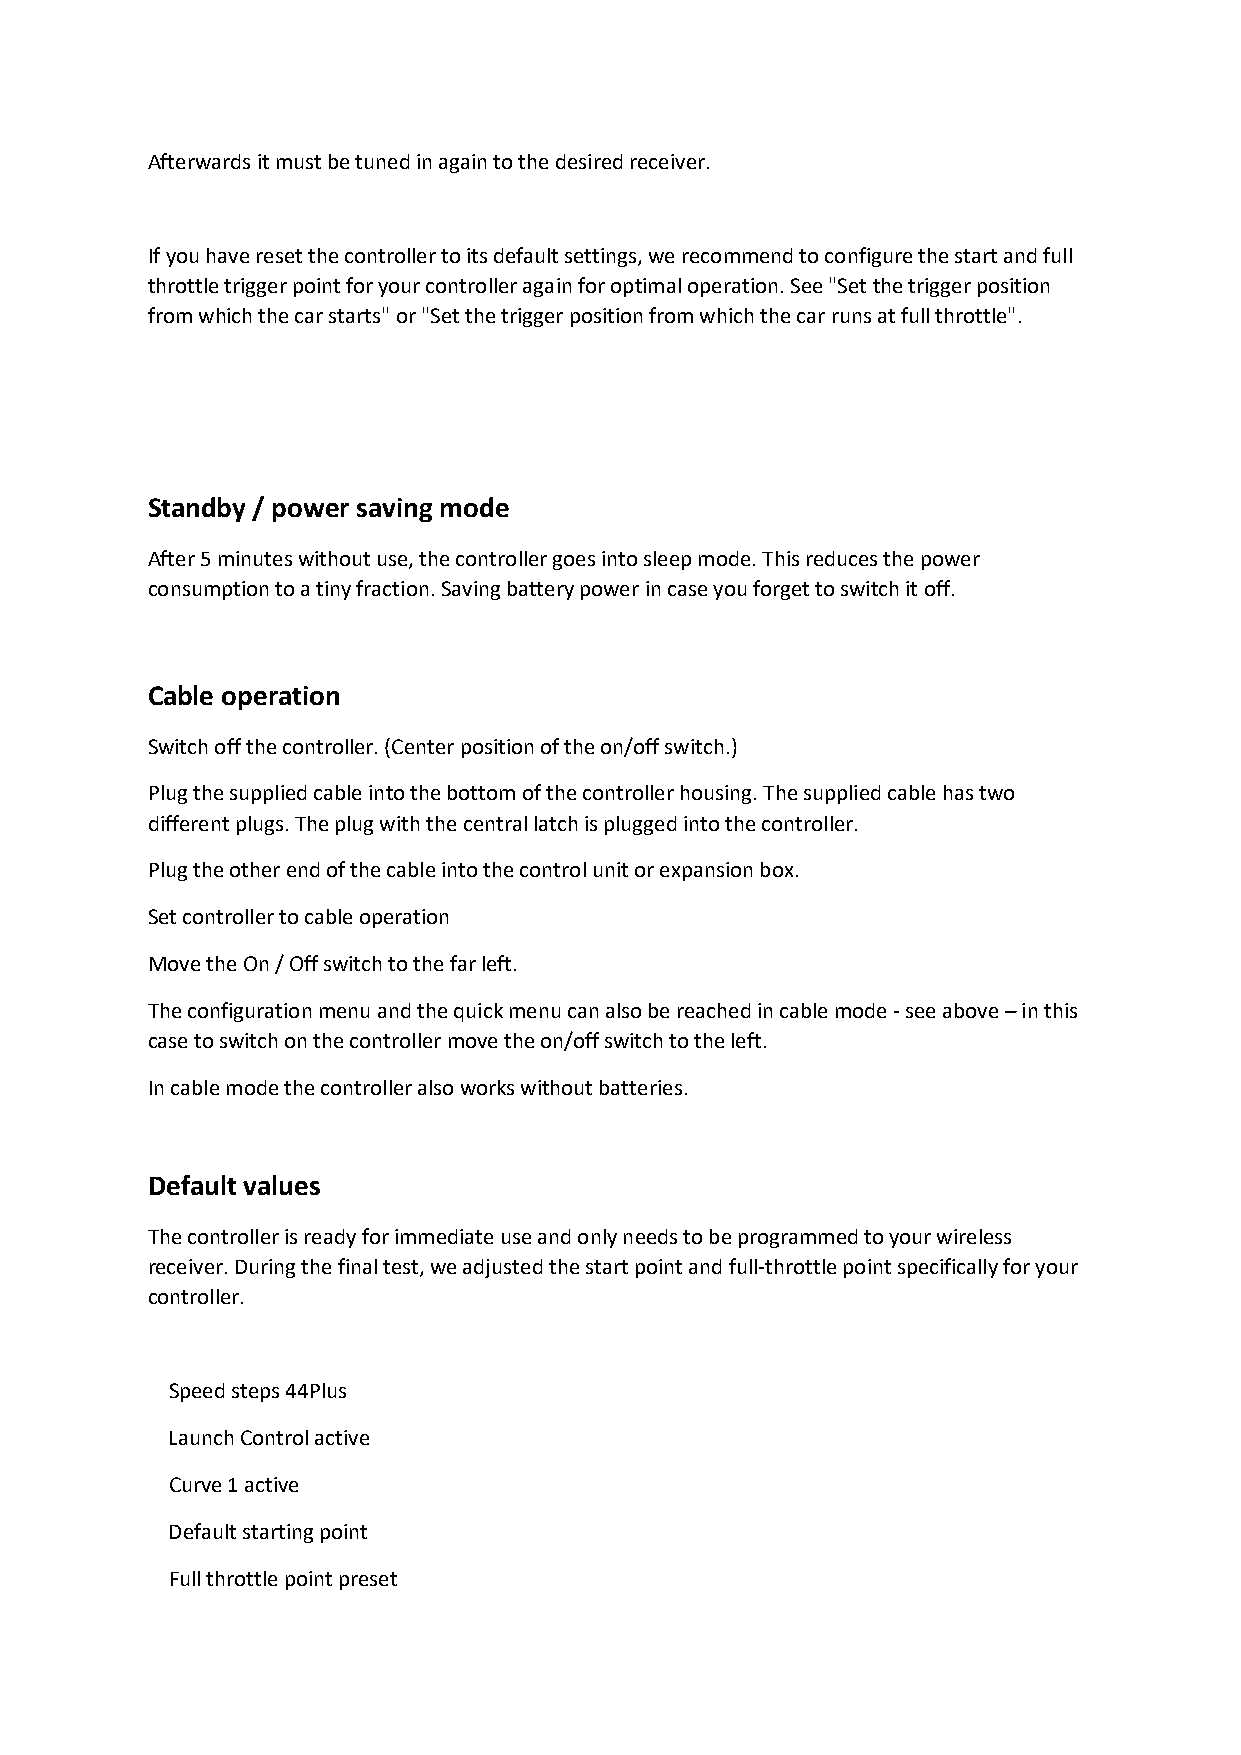
Afterwards it must be tuned in again to the desired receiver.
 If you have reset the controller to its default settings, we recommend to configure the start and full
 throttle trigger point for your controller again for optimal operation. See "Set the trigger position
 from which the car starts" or "Set the trigger position from which the car runs at full throttle".
 Standby / power saving mode
 After 5 minutes without use, the controller goes into sleep mode. This reduces the power
 consumption to a tiny fraction. Saving battery power in case you forget to switch it off.
 Cable operation
 Switch off the controller. (Center position of the on/off switch.)
 Plug the supplied cable into the bottom of the controller housing. The supplied cable has two
 different plugs. The plug with the central latch is plugged into the controller.
 Plug the other end of the cable into the control unit or expansion box.
 Set controller to cable operation
 Move the On / Off switch to the far left.
 The configuration menu and the quick menu can also be reached in cable mode - see above – in this
 case to switch on the controller move the on/off switch to the left.
 In cable mode the controller also works without batteries.
 Default values
 The controller is ready for immediate use and only needs to be programmed to your wireless
 receiver. During the final test, we adjusted the start point and full-throttle point specifically for your
 controller.
 Speed steps 44Plus
 Launch Control active
 Curve 1 active
 Default starting point
 Full throttle point preset